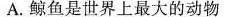
A.鲸鱼是世界上最大的动物